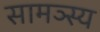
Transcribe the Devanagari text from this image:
सामञ्स्य